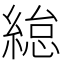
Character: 緿